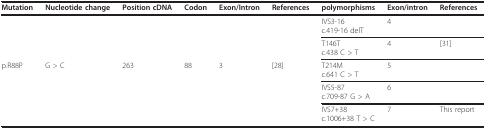
| Mutation | Nucleotide change | Position cDNA | Codon | Exon/Intron | References | polymorphisms | Exon/intron | References |
 | --- | --- | --- | --- | --- | --- | --- | --- | --- |
 |  |  |  |  |  |  | IVS3-16c.419-16 delT | 4 |  |
 |  |  |  |  |  |  | T146Tc.438 C > T | 4 | [31] |
 | p.R88P | G > C | 263 | 88 | 3 | [28] | T214Mc.641 C > T | 5 |  |
 |  |  |  |  |  |  | IVS5-87c.709-87 G > A | 6 |  |
 |  |  |  |  |  |  | IVS7+38c.1006+38 T > C | 7 | This report |